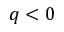
q < 0